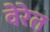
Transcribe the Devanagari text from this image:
वेरेत